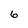
Character: 6